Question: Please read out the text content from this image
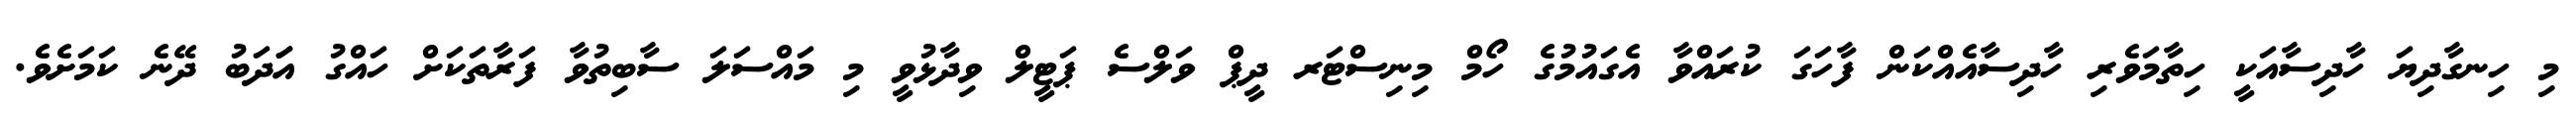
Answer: މި ހިނގާދިޔަ ހާދިސާއަކީ ހިތާމަވެރި ހާދިސާއެއްކަން ފާހަގަ ކުރައްވާ އެގައުމުގެ ހޯމް މިނިސްޓަރ ދީޕް ވަލްސެ ޕަޓީލް ވިދާޅުވީ މި މައްސަލަ ސާބިތުވާ ފަރާތަކަށް ހައްގު އަަދަބު ދޭނެ ކަމަށެވެ.